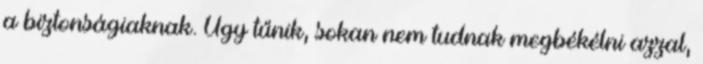
a biztonságiaknak. Úgy tűnik, sokan nem tudnak megbékélni azzal,